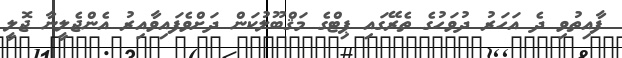
ފާއިތުވި ދެ އަހަރު ދުވަހުގެ ތެރޭގައި ޕިޓްގެ މަޤްބޫލުކަން ދަށްވެފައިވާއިރު އެންޖެލީނާ ޖޮލީ